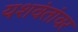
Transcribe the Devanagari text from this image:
यशवंतांवर